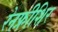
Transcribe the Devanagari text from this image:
रेनफ्रीशिर